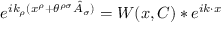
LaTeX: e ^ { i k _ { \rho } ( x ^ { \rho } + \theta ^ { \rho \sigma } \hat { A } _ { \sigma } ) } = W ( x , C ) \ast e ^ { i k \cdot x }